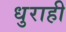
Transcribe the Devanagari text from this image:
धुराही